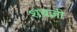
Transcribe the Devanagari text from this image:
शबज़ी